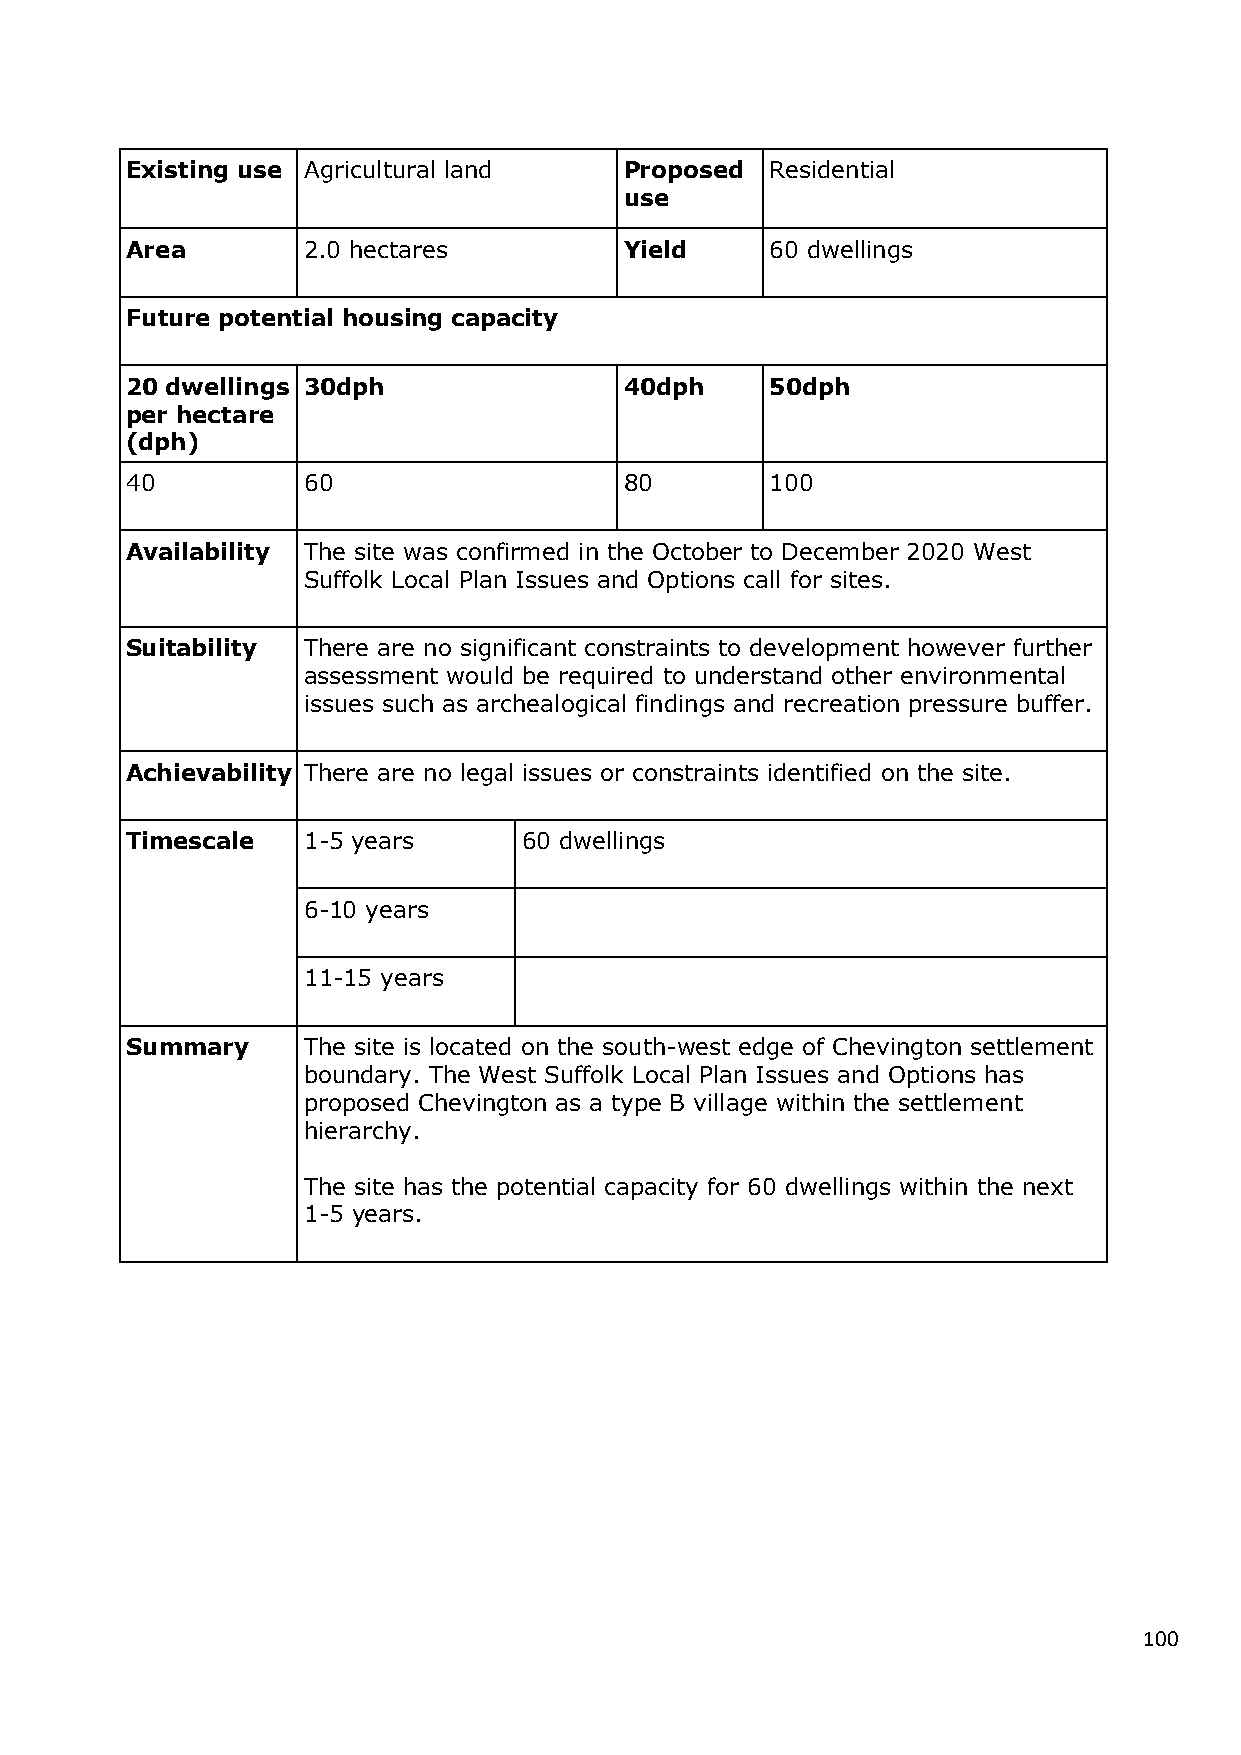
Existing use Agricultural land   Proposed  Residential
 use
 Area        2.0 hectares         Yield     60 dwellings
 Future potential housing capacity
 20 dwellings 30dph               40dph     50dph
 per hectare
 (dph)
 40          60                   80        100
 Availability The site was confirmed in the October to December 2020 West
 Suffolk Local Plan Issues and Options call for sites.
 Suitability There are no significant constraints to development however further
 assessment would be required to understand other environmental
 issues such as archealogical findings and recreation pressure buffer.
 Achievability There are no legal issues or constraints identified on the site.
 Timescale   1-5 years      60 dwellings
 6-10 years
 11-15 years
 Summary     The site is located on the south-west edge of Chevington settlement
 boundary. The West Suffolk Local Plan Issues and Options has
 proposed Chevington as a type B village within the settlement
 hierarchy.
 The site has the potential capacity for 60 dwellings within the next
 1-5 years.
 100